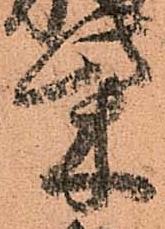
柴